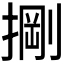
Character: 𭡺